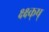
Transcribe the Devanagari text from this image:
क्ष्क्ष्क्ष्